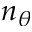
n _ { \theta }